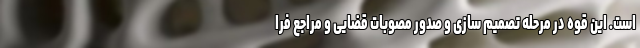
است. این قوه در مرحله تصمیم سازی و صدور مصوبات قضایی و مراجع فرا